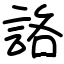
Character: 詻